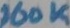
Text: 100K